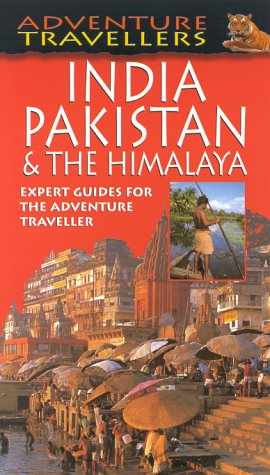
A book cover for Adventure Travellers India, Pakistan and the Himalayas (AA Adventure Travellers); A J L Cary; Travel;